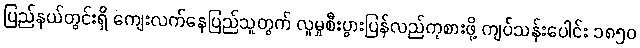
ပြည်နယ်တွင်းရှိ ကျေးလက်နေပြည်သူတွက် လူမှုစီးပွားပြန်လည်ကုစားဖို့ ကျပ်သန်းပေါင်း ၁၈၅၀